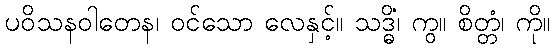
ပဝိသနဝါတေန၊ ဝင်သော လေနှင့်။ သဒ္ဓိံ၊ ကွ။ စိတ္တံ၊ ကို။